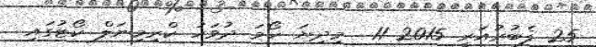
25 ފެބުރުއަރީ 2015 11  މިދިޔަ ހޯމަ ދުވަހު ކްރިމިނަލް ކޯޓުގައި